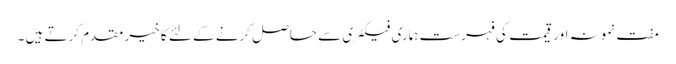
مفت نمونہ اور قیمت کی فہرست ہماری فیکٹری سے حاصل کرنے کے لئے کا خیر مقدم کرتے ہیں ۔